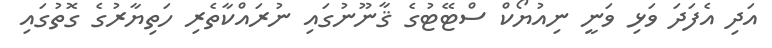
އަދި އެފަދަ ވަޅި ވަނީ ނިއުޔޯކް ސްޓޭޓުގެ ޤާނޫނުގައި ނުރައްކާތެރި ހަތިޔާރުގެ ގޮތުގައި